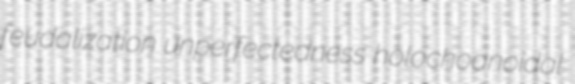
feudalization unperfectedness holochoanoidal